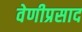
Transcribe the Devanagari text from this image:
वेणीप्रसाद